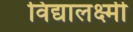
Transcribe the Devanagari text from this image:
विद्यालक्ष्मी